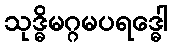
သုဒ္ဓိမဂ္ဂမပရဒ္ဓေါ